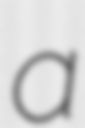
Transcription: a